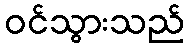
ဝင်သွားသည်